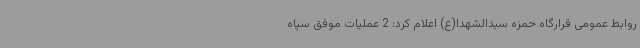
روابط عمومی قرارگاه حمزه سیدالشهدا(ع) اعلام کرد: 2 عملیات موفق سپاه